Manual of the Civil Veterinary Department, Central Provinces and Berar
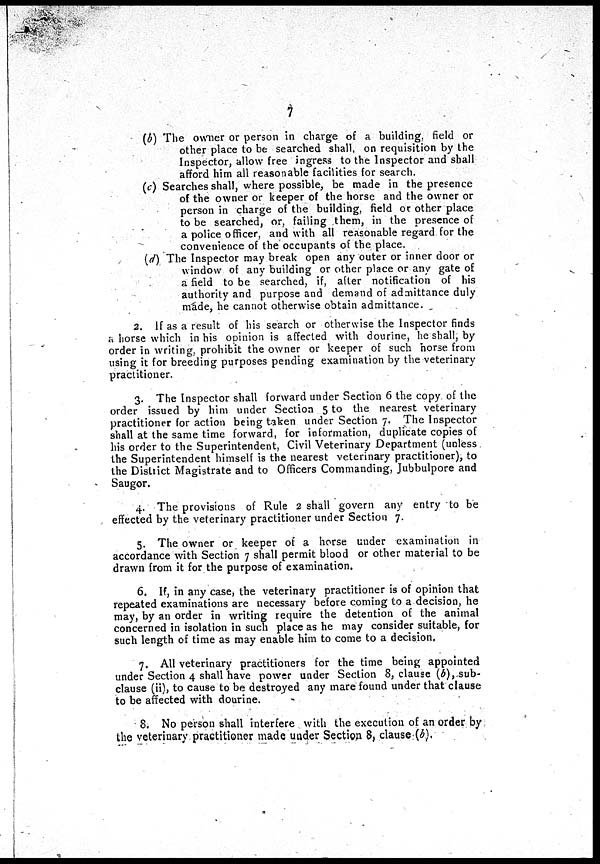
7
(b) The owner or person in charge of a building, field or
other place to be searched shall, on requisition by the
Inspector, allow free ingress to the Inspector and shall
afford him all reasonable facilities for search.
(c) Searches shall, where possible, be made in the presence
of the owner or keeper of the horse and the owner or
person in charge of the building, field or other place
to be searched, or, failing them, in the presence of
a police officer, and with all reasonable regard for the
convenience of the occupants of the place.
(d) The Inspector may break open any outer or inner door or
window of any building or other place or any gate of
a field to be searched, if, after notification of his
authority and purpose and demand of admittance duly
made, he cannot otherwise obtain admittance.
2. If as a result of his search or otherwise the Inspector finds
a horse which in his opinion is affected with dourine, he shall, by
order in writing, prohibit the owner or keeper of such horse from
using it for breeding purposes pending examination by the veterinary
practitioner.
3. The Inspector shall forward under Section 6 the copy of the
order issued by him under Section 5 to the nearest veterinary
practitioner for action being taken under Section 7. The Inspector
shall at the same time forward, for information, duplicate copies of
his order to the Superintendent, Civil Veterinary Department (unless
the Superintendent himself is the nearest veterinary practitioner), to
the District Magistrate and to Officers Commanding, Jubbulpore and
Saugor.
4. The provisions of Rule 2 shall govern any entry to be
effected by the veterinary practitioner under Section 7.
5. The owner or keeper of a horse under examination in
accordance with Section 7 shall permit blood or other material to be
drawn from it for the purpose of examination.
6. If, in any case, the veterinary practitioner is of opinion that
repeated examinations are necessary before coming to a decision he
may, by an order in writing require the detention of the animal
concerned in isolation in such place as he may consider suitable, for
such length of time as may enable him to come to a decision,
7. All veterinary practitioners for the time being appointed
under Section 4 shall have power under Section 8, clause (b), sub-
clause (ii), to cause to be destroyed any mare found under that clause
to be affected with dourine.
8. No person shall interfere with the execution of an order by
the veterinary practitioner made under Section 8, clause (b).